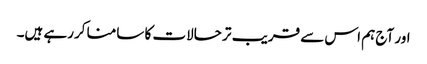
اور آج ہم اس سے قریب تر حالات کا سامنا کررہے ہیں۔